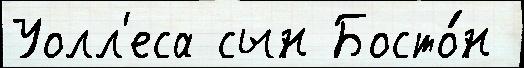
Уолл'еса сын Босто́н